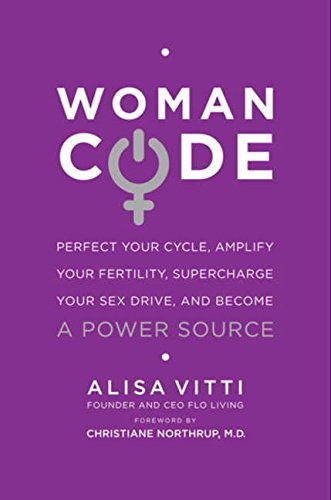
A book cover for WomanCode: Perfect Your Cycle, Amplify Your Fertility, Supercharge Your Sex Drive, and Become a Power Source; Alisa Vitti; Self-Help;